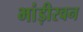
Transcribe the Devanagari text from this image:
भांड़ीरवन